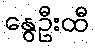
နွေဦးထီ